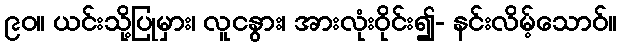
၉၀။ ယင်းသို့ပြုမှား၊ လူငနွား၊ အားလုံးဝိုင်း၍- နင်းလိမ့်သောဝ်။